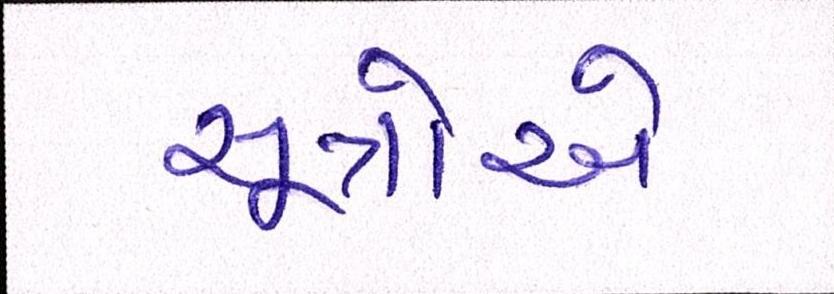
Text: સૂત્રોએ